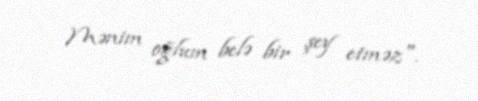
Mənim oğlum belə bir şey etməz".